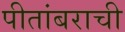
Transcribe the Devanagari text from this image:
पीतांबराची